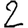
Digit: 2